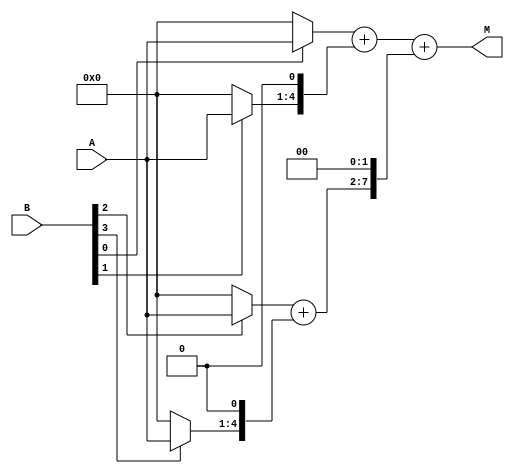
module MUL4 (A,B,M);

input [3:0] A,B;
output [7:0] M;
wire [3:0] M0,M1,M2,M3;
wire [5:0] S0,S1;

assign M0=(B[0])?A:4'd0;
assign M1=(B[1])?A:4'd0;
assign M2=(B[2])?A:4'd0;
assign M3=(B[3])?A:4'd0;
assign S0={2'b00,M0}+{1'b0,M1,1'b0};
assign S1={2'b00,M2}+{1'b0,M3,1'b0};
assign M={2'b00,S0}+{S1,2'b00};

endmodule